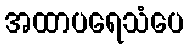
အထာပရေသံပေ